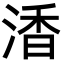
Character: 㴡